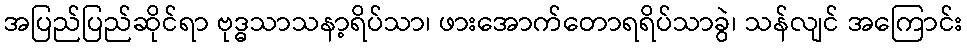
အပြည်ပြည်ဆိုင်ရာ ဗုဒ္ဓသာသနာ့ရိပ်သာ၊ ဖားအောက်တောရရိပ်သာခွဲ၊ သန်လျင် အကြောင်း